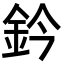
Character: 鈐